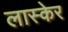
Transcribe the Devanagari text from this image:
लास्केर